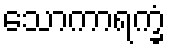
သောကာရက္ခံ